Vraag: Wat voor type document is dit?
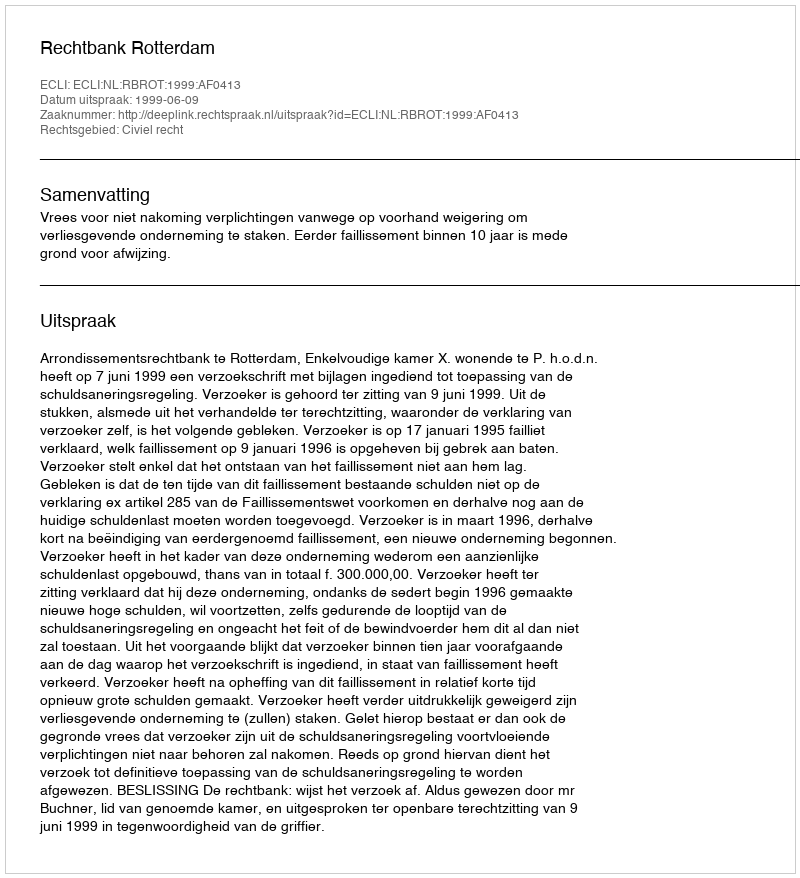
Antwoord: Uitspraak